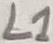
Text: L1